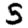
Digit: 5